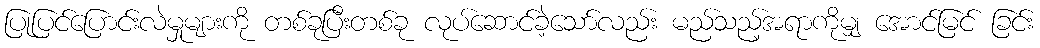
ပြုပြင်ပြောင်းလဲမှုများကို တစ်ခုပြီးတစ်ခု လုပ်ဆောင်ခဲ့သော်လည်း မည်သည့်အရာကိုမျှ အောင်မြင် ခြင်း